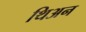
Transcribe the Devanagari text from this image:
थिअन